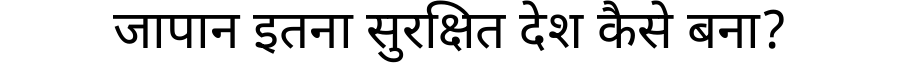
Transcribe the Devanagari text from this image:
जापान इतना सुरक्षित देश कैसे बना?